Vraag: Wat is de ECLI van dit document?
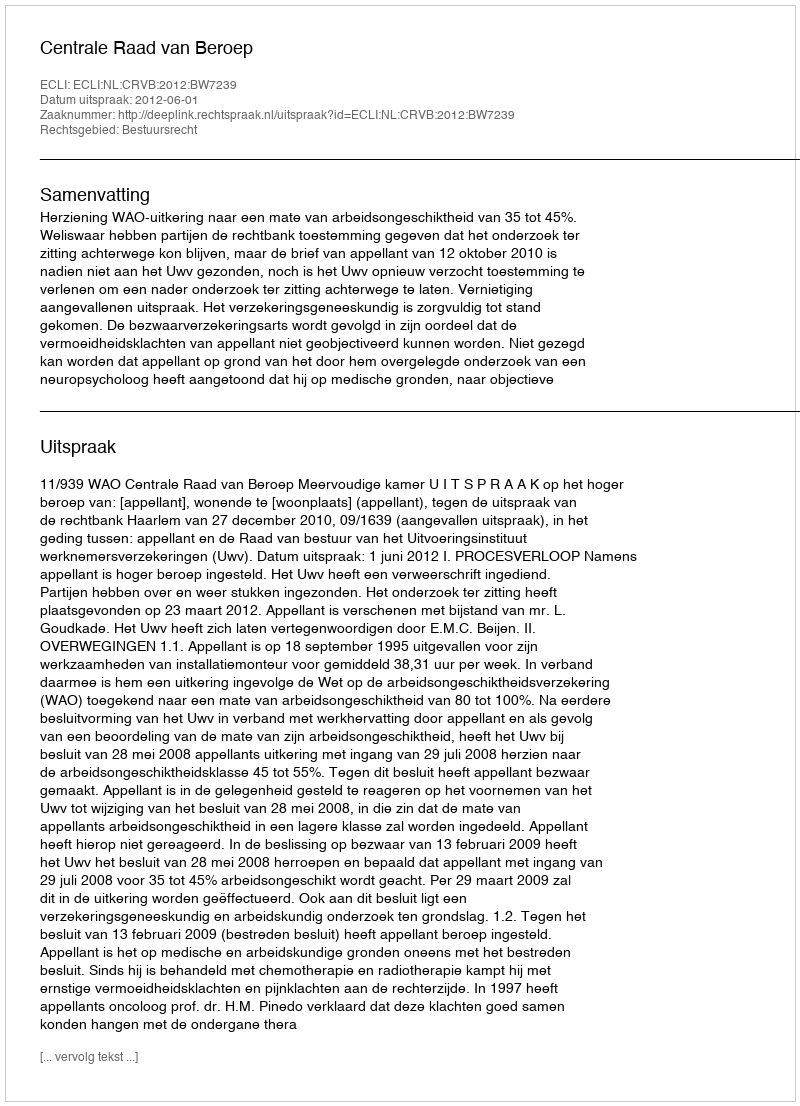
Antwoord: ECLI:NL:CRVB:2012:BW7239